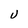
Character: U